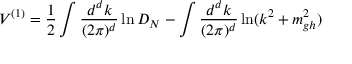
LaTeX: V ^ { ( 1 ) } = \frac 1 2 \int \frac { d ^ { d } k } { ( 2 \pi ) ^ { d } } \ln D _ { N } - \int \frac { d ^ { d } k } { ( 2 \pi ) ^ { d } } \ln ( k ^ { 2 } + m _ { g h } ^ { 2 } )